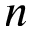
n